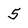
Character: 5